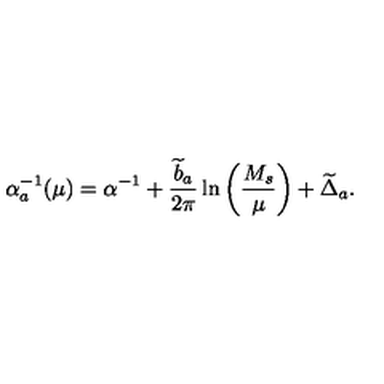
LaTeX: \alpha _ { a } ^ { - 1 } ( \mu ) = \alpha ^ { - 1 } + { \frac { { \widetilde b } _ { a } } { 2 \pi } } \ln \left( { \frac { M _ { s } } { \mu } } \right) + { \widetilde \Delta } _ { a } .